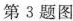
第3题图